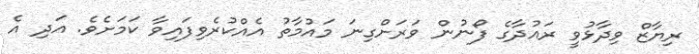
ރިޔާޒް ވިދާޅުވީ ރައުދާގެ ފޯނުން ވަރަށްގިނަ މައުމާތު އެއްކުރެވިފައިވާ ކަމަށެވެ. އަދި އެ